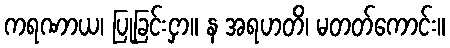
ကရဏာယ၊ ပြုခြင်းငှာ။ န အရဟတိ၊ မတတ်ကောင်း။